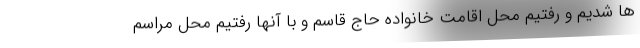
ها شدیم و رفتیم محل اقامت خانواده حاج قاسم و با آنها رفتیم محل مراسم